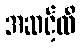
အဆင့်ထိ